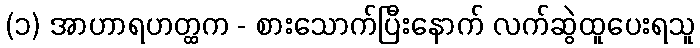
(၁) အာဟာရဟတ္ထက - စားသောက်ပြီးနောက် လက်ဆွဲထူပေးရသူ